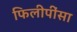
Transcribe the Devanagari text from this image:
फिलीपींसा